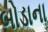
બોડાના